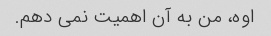
اوه، من به آن اهمیت نمی دهم.